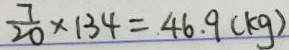
\frac { 7 } { 2 0 } \times 1 3 4 = 4 6 . 9 ( k g )